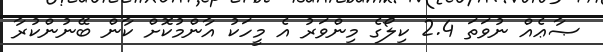
ޞާޢެއް ނުވަތަ 2.4 ކިލޯގެ މިންވަރު އެ މީހަކު އާންމުކޮށް ކާން ބޭނުންކުރާ